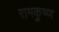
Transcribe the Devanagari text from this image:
रामकृुष्ण